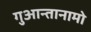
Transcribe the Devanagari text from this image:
गुआन्तानामो